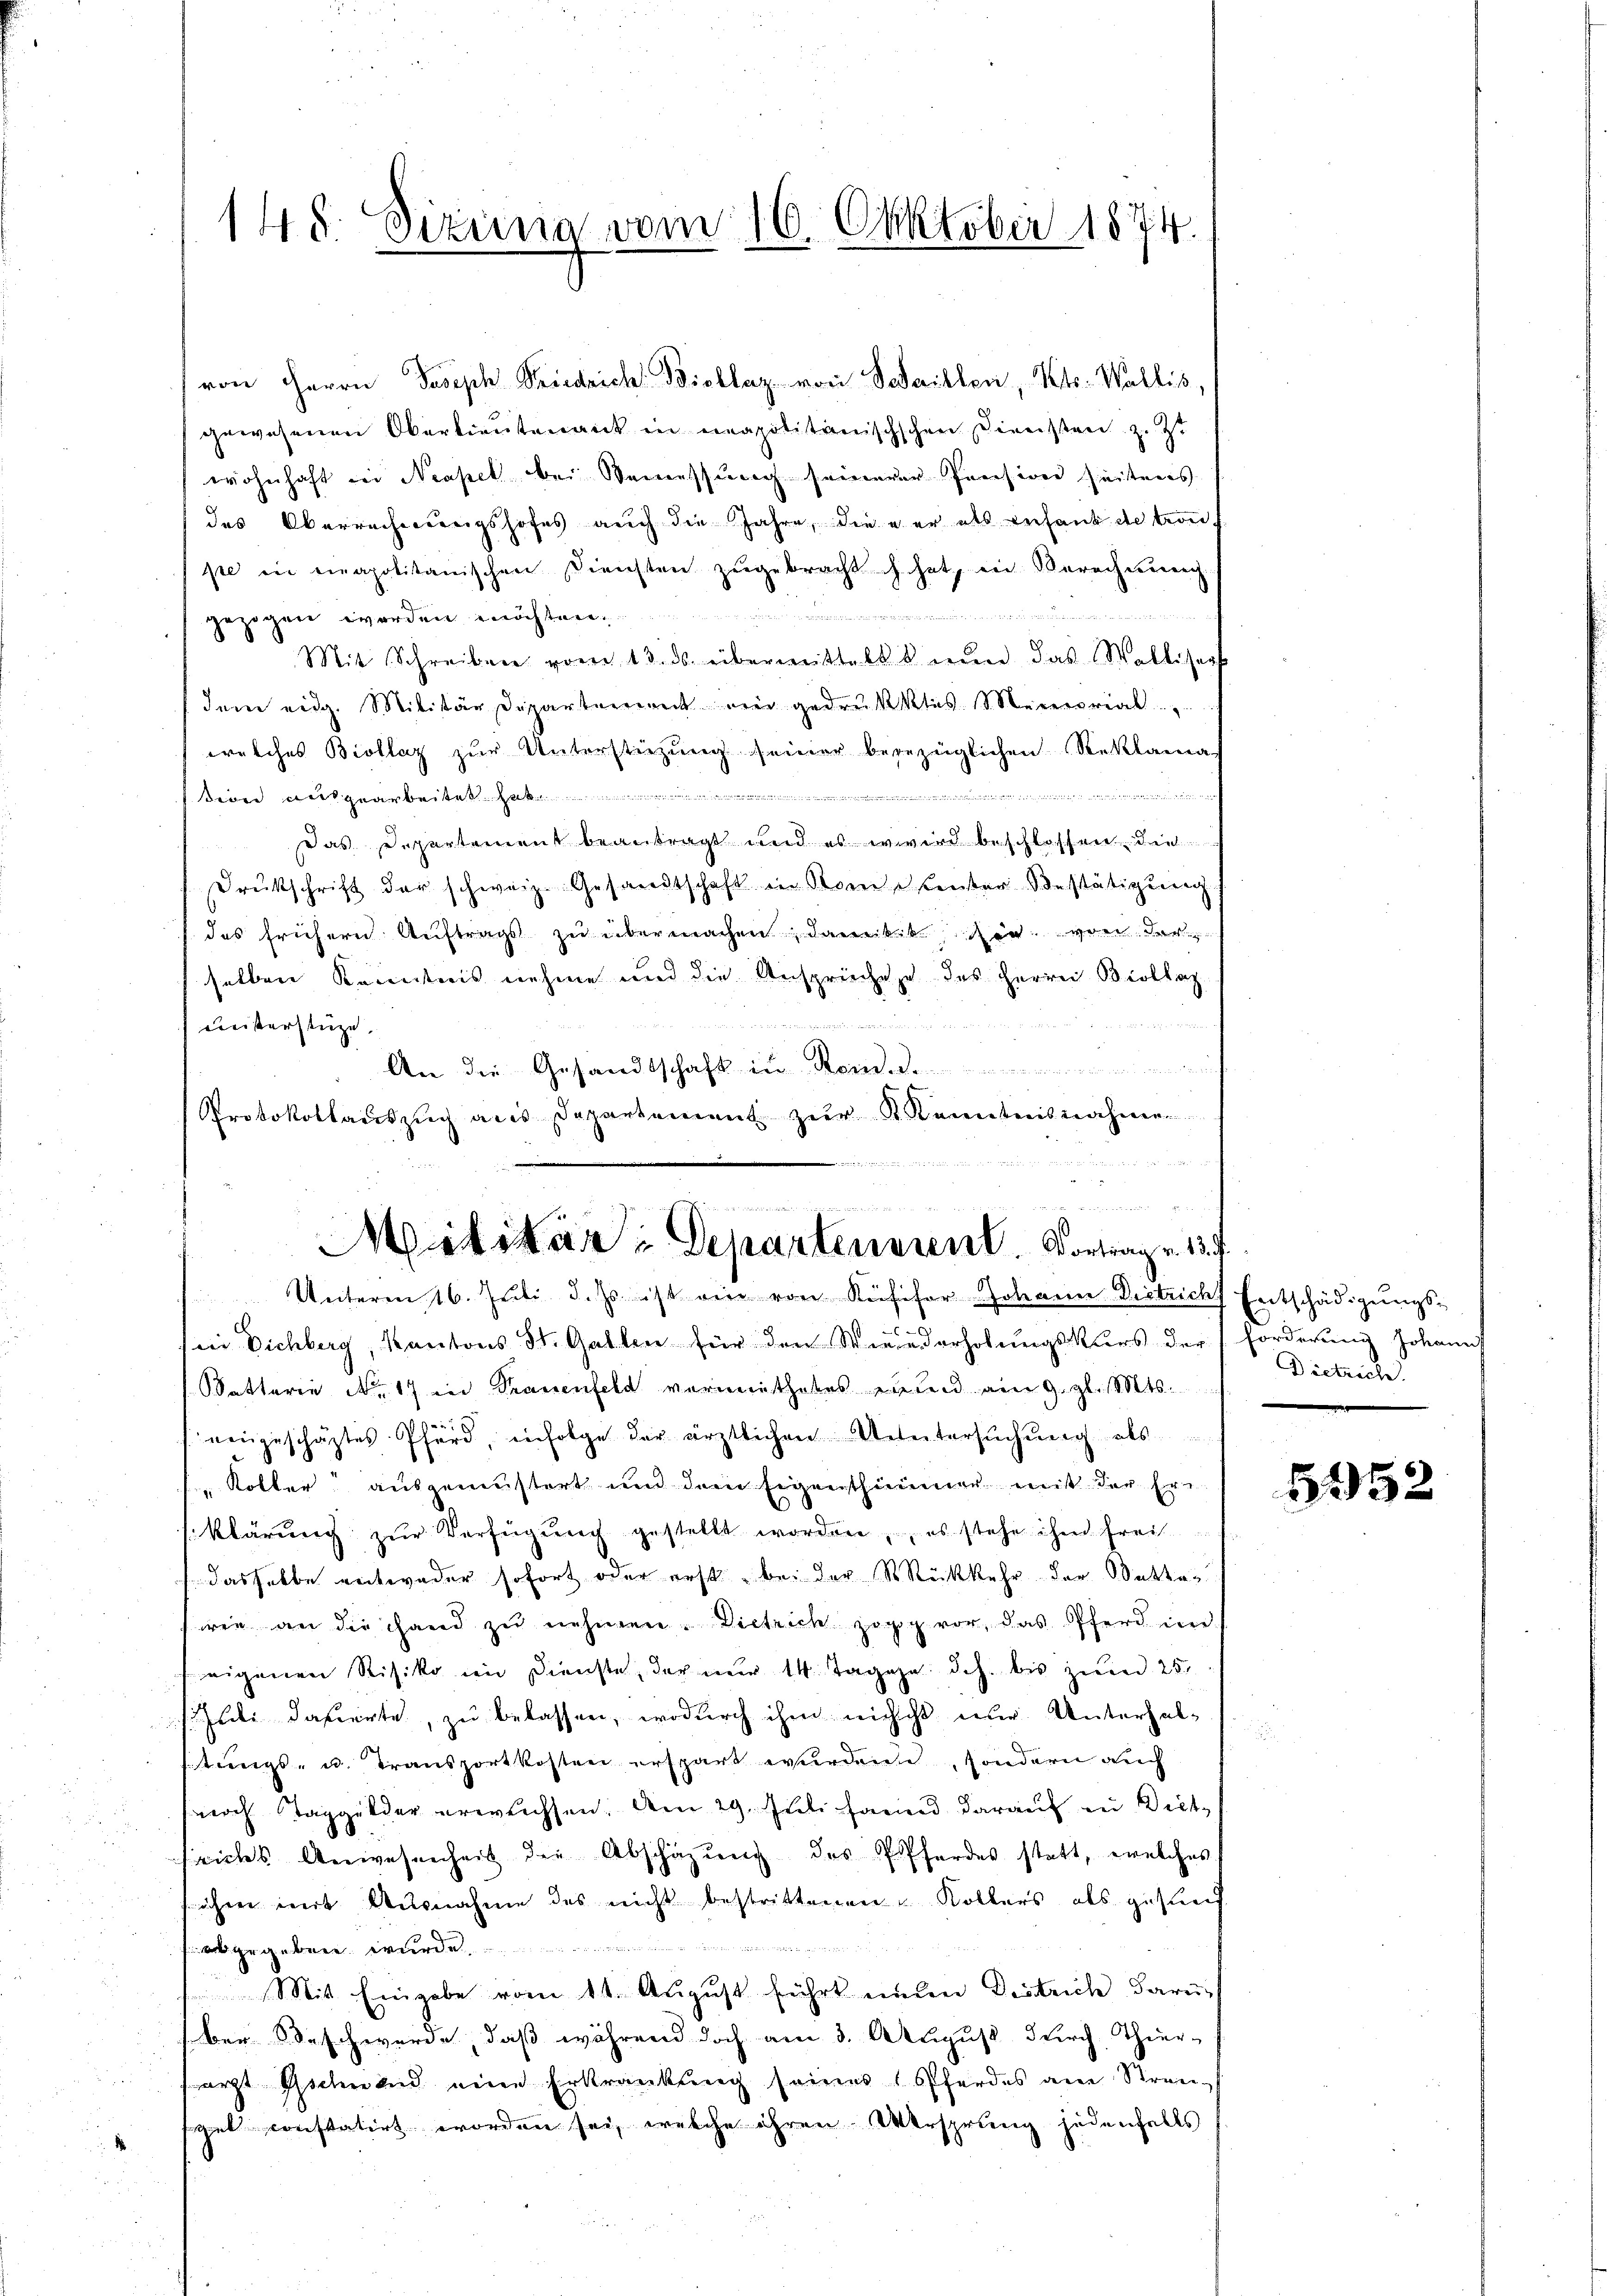
148. Sizung vom 16. Oktober 1874.

von Herrn Joseph Seiedrich: Biollaz von Schaillen, Kts. Wallis,
gewesenen Oberlieutenant in neapolitanischschen Diensten z. Z.
wohnhaft bei Neapel bei Bemessung seinerer Pension seitens
des Oberrechnungshofes auch die Jahre, die es er als verfand de trot
pe in einapolitanischen Diensten zŭgebracht ch hat, in Berechnung
gezogen worden möchten.
Mit Schreiben vom 13. ds. übermittelt nun das Walliserst
dem eidg. Militär Departement ein gedrukkles Memorial.
welches Biollaz zur Unterstützung seiner begezüglichen Reklama
.
ßion ausgearbeitet.
Das Departement beantragt und es wird beschlossen die
Drukschrift der schweiz. Gesandtschaft in Kometenter Bestätigung
des frühern Auftrags zu übermachen, damit der von der
selben Kenntnis nehme und die Ansprüche des Herrn Biollaz

meisterstüze.
An die Gesandtschaft in Rom.
Protokollaŭszŭg als Departement zŭr K. Kenntnisnahmen
  g
in Dichberg, Kantons St. Gallen für den Wiederholungskurs der Forderung Johann
Batterie No. 17 in Trauenfeld vermuthetes vielen am 9. gl. Mts.
eengeschäztes Pferd, infolge der ärztlichen Untersuchung als
"Koller ausgemustert und dem Eigenthümmer mit der Erklärung zur Verfügung gestellt worden, es stehe ihm frei
/ dasselbe entweder sofort oder erst bei der Rückkehr der Statten
wie an die Hand zu nehmen. Dietrich zog vor, das Pferd in
eigenen Risiko im Dienste, der nur 14 Tagen d.h. bis zum 25.
.Juli dauerte, zu belassen, wodurch ihm nicht nur Unterhalstungs- u. Transportkosten erspart wurden, sondern auch
noch Taggelder erwachsen. Am 29. Juli hannd darauf zu Dict
sriches Anwesenheit die Abschäzung des Pferdes statt, welches
iche mit Ausnahme des nicht bestrittenen u Kollers als gesunf
gegeben würde.
Mit Eingabe vom 11. August führt unten Districh daru
ber Beschwerde, daß während doch am 3. August durch Thier-
sarzt Gschnend eine Erkrankung seines Pferdes an Stranpel constatirt worden sei, welche ihren Wersprung jedenfalls

Militar Departeniren. Vortrag v. 137.
Unterm 16. Juli d. Js. ist ein von Kufisor Johann Districht Entschädigungs¬

Dietrache.

5952